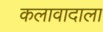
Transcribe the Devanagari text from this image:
कलावादाला